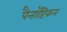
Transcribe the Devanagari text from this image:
पैनॉप्टिकन